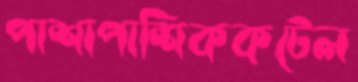
পাশাপাশিককটেল